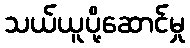
သယ်ယူပို့ဆောင်မှု